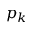
p _ { k }